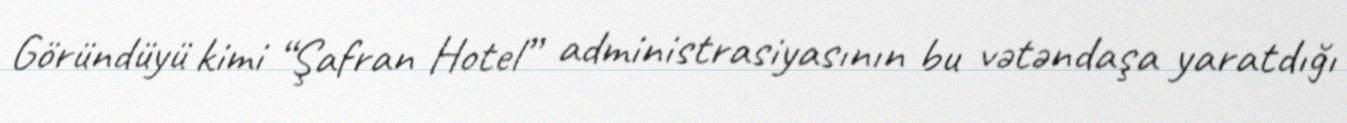
Göründüyü kimi “Şafran Hotel” administrasiyasının bu vətəndaşa yaratdığı